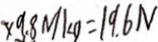
\times 9 . 8 N / k g = 1 9 . 6 N